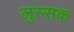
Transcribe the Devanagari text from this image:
लुस्सक